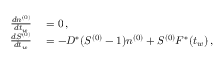
\begin{array} { r l } { { \frac { d n ^ { ( 0 ) } } { d t _ { w } } } } & { { } = 0 \, , } \\ { { \frac { d S ^ { ( 0 ) } } { d t _ { w } } } } & { { } = \leavevmode { - D ^ { * } ( S ^ { ( 0 ) } - 1 ) n ^ { ( 0 ) } + S ^ { ( 0 ) } F ^ { * } ( t _ { w } ) \, , } } \end{array}